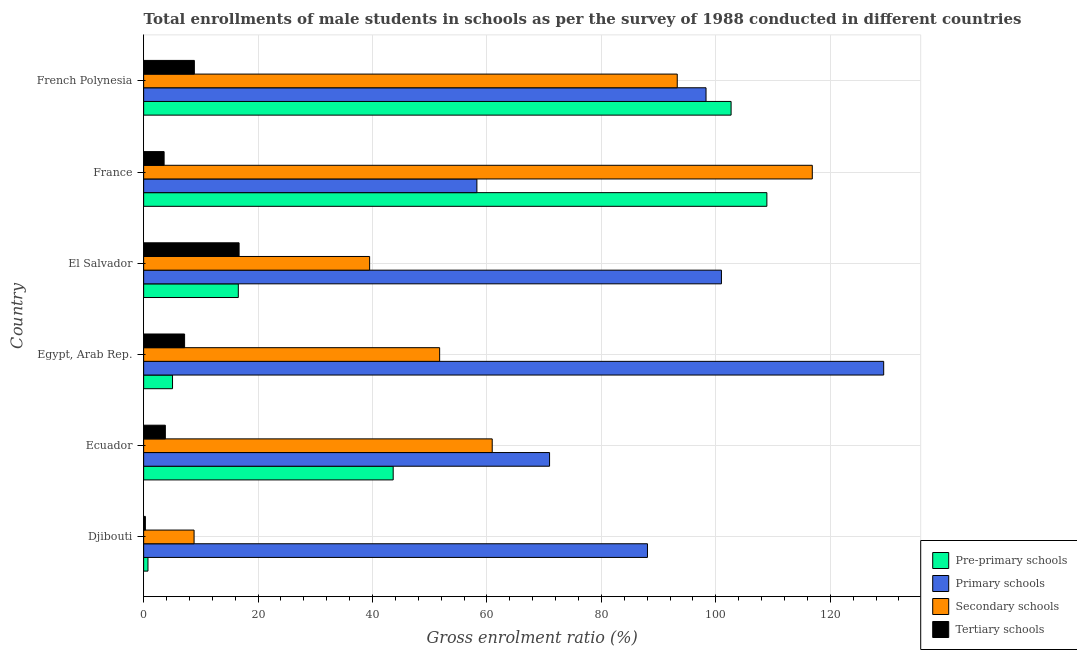
| Country | Pre-primary schools | Primary schools | Secondary schools | Tertiary schools |
 | --- | --- | --- | --- | --- |
 | Djibouti | 0.754 | 88.1 | 8.81 | 0.301 |
 | Ecuador | 43.6 | 70.9 | 60.9 | 3.79 |
 | Egypt, Arab Rep. | 5.05 | 129 | 51.7 | 7.16 |
 | El Salvador | 16.5 | 101 | 39.5 | 16.7 |
 | France | 109 | 58.2 | 117 | 3.58 |
 | French Polynesia | 103 | 98.3 | 93.3 | 8.86 |